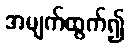
အမျက်ထွက်၍